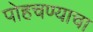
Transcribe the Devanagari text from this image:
पोहचण्याचा